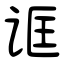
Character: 诓